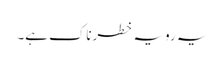
یہ رویہ خطرناک ہے۔